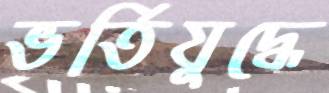
ভর্তিযুদ্ধে